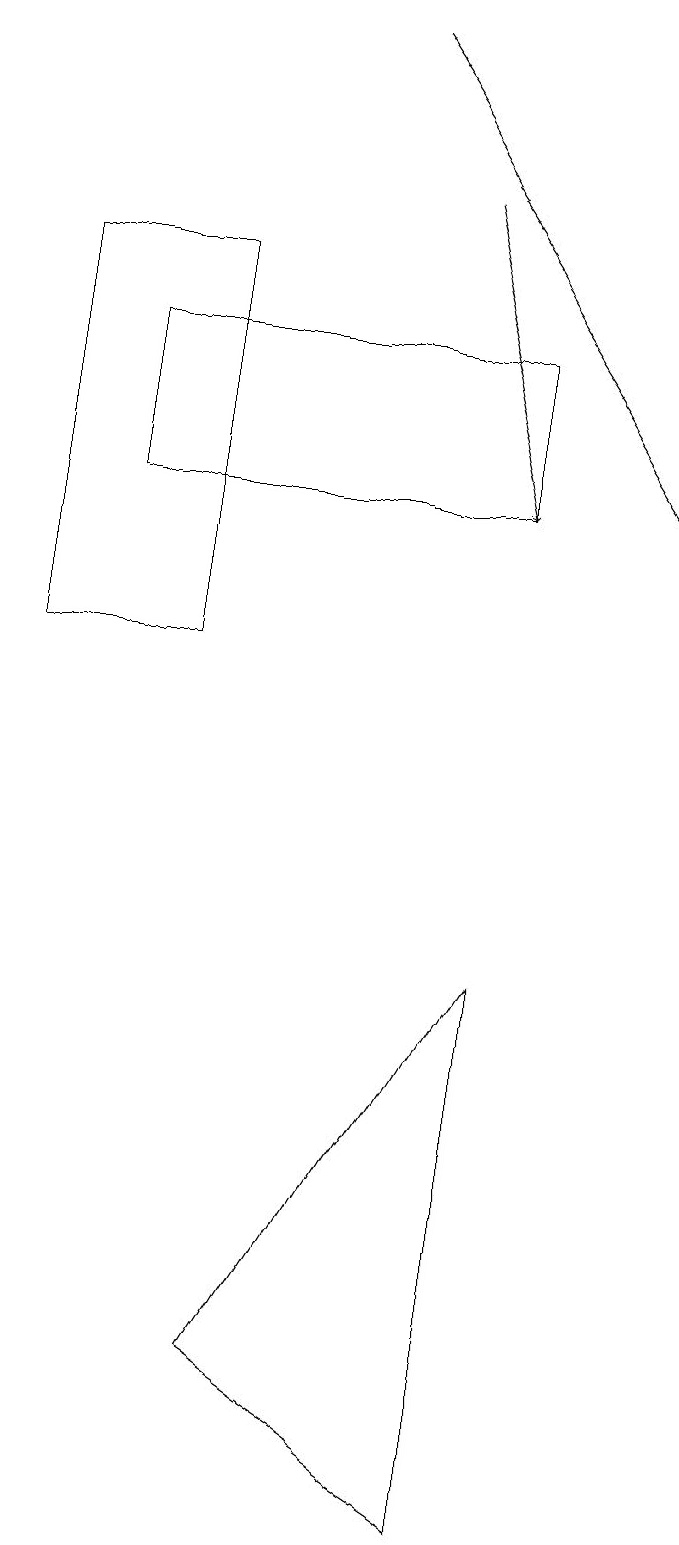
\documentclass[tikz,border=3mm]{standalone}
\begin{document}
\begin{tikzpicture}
\draw (7,13) rectangle (2,15);
\draw (1,16) rectangle (3,11);
\draw[->] (5,19) -- (9,13);
\draw (7,7) -- (7,0) -- (4,2) -- cycle;
\draw[->] (6,17) -- (7,13);
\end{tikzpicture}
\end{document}